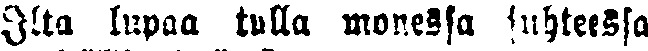
Ilta lupaa tulla monessa suhteessa